Vital statistics of India. Vol. IV, Annual returns from 1871 to 1876. British Army of India, Native Army and jails of Bengal
Year: 1871
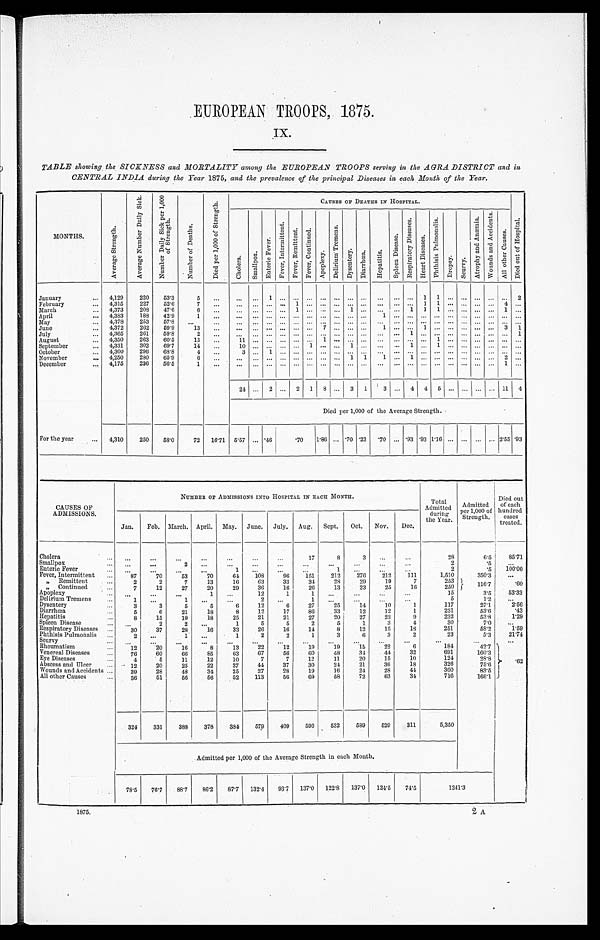
EUROPEAN TROOPS, 1875.
IX.
TABLE showing the SICKNESS and MORTALITY among the EUROPEAN TROOPS serving in the AGRA DISTRICT and in
CENTRAL INDIA during the Year 1875, and the prevalence of the principal Diseases in each Month of the Year.
MONTHS.
A v e r a g e S t r e n g t h .
A v e r a g e N u m b e r D a i l y S i c k .
N u m b e r D a i l y S i c k p e r 1 , 0 0 0
o f S t r e n g t h .
N u m b e r o f D e a t h s .
D i e d p e r 1 , 0 0 0 o f S t r e n g t h .
CAUSES OF DEATHS IN HOSPITAL.
D i e d o u t o f H o s p i t a l .
C h o l e r a . S m a l l p o x .
E n t e r i c F e v e r . F e v e r , I n t e r m i t t e n t .
F e v e r , R e m i t t e n t . F e v e r , C o n t i n u e d .
A p o p l e x y .
D e l i r i u m T r e m e n s .
D y s e n t e r y . D i a r r h œ a .
H e p a t i t i s .
S p l e e n D i s e a s e .
R e s p i r a t o r y D i s e a s e s .
H e a r t D i s e a s e s .
P h t h i s i s P u l m o n a l i s .
D r o p s y .
S c u r v y .
A t r o p h y a n d A n æ m i a .
W o u n d s a n d A c c i d e n t s .
A l l o t h e r C a u s e s .
January
4,129 220 53. 3
5
1
1 1
2
February
4,315 227 52. 6 7
1
1 1
4
March
4,373 208 47. 6
6
1
1
1 1 1
1
April
4, 383
188 42. 9
1
1
May
4,378 253 57. 8
June
4,372 262 59. 9
13
7
1
1
3 1
July
4,365 261 59. 8 2
1
1
August
4,350 263 60. 5
13
11
1
1
September
4,331 302 69. 7
14
1 0
1
1
1
1
October
4,300 296 68. 8
4
3 1
November
4,250 280 65. 9
6
1 1
1
1
2
December
4,175 236 56. 5
1
1
24
2
2 1 8
3 1 3
4 4 5
1 1
4
Died per 1,000 of the Average Strength.
For the year
4,310 250 58. 0
72 16. 71 5 . 5 7
.46
. 7 0 1 . 8 6
.70 .23
. 7 0 .93 .93 1 . 1 6
2 . 5 5 .93
CAUSES OF
ADMISSIONS.
NUMBER OF ADMISSIONS INTO HOSPITAL IN EACH MONTH.
Total
Admitted during
the Year.
Admitted
per 1,000 of
Strength.
Died out
of each
hundred cases
treated.
Jan. Feb. March. April. May. June. July. Aug. Sept. Oct. Nov. Dec.
Cholera
17
8
3
28
6.5
85. 71
Smallpox
2
2
.5
Enteric Fever
1
1
2
.5 1 0 0 . 0 0
Fever, Intermittent
87
70
53
70
64
108
9 6
151 212
276 212 111
1,510
350. 3
„ Remittent
2
2 7
13
16
63
33
34
28
29
19
7
253
1 1 6 . 7
.60
„ Continued
7
12
27
20
29
36
16
26
13
23
25
16
250
„
Apoplexy
1
12
1
1
15
3 . 5
53. 33
Delirium Tremens
1
1
2
1
5
1 . 2
Dysentery
3
3
5
5
6
12
6
27
25
14
10
1
117
27. 1
2 . 5 6
Diarrhœa
5
6
21
18
8
12
17
86
33
12
12
1 2 3 1
53. 6 . 4 3
Hepatitis
8
15
19
18
25
21
21
27
20
27
22
9
232
53. 8
1 . 2 9
Spleen Disease
2
2
1
5
5
2
5
1
3
4
30
7. 0
Respiratory Diseases
30
37
28
16
33
26
16
14
8
12
15
16
251
5 8 . 2
1 . 5 9
Phthisis Pulmonalis
2
1
1
2
2
1
3
6
3
2 2 3
5 . 3 2 1 . 7 4
Scurvy
.62
Rheumatism
12
20
16
8
13 2 2
12
19 1 9
1 5
2 2
6
1 8 4
4 2 . 7
Venereal Diseases
76
60
66
85
63
67
56
60
48
34
44 3 2
6 9 1
1 6 0 . 3
E y e D i s e a s e s
4
5
11
12
10
7
7
12
11
20
15
10
124
28. 8
Abscess and Ulcer
12
20
25
22
37 4 4
3 7
3 0
2 4
2 1
3 6
1 8
3 2 6
7 5 . 6
Wounds and Accidents
39
28
48
34
25
27
28
19
16
24
28 4 4
3 6 0 8 3 . 5
All other Causes
36
51
56
56
52 113
56
69
58
72
63
34
7 1 6
166. 1
324 331 388 378 3 8 4
579
409 596 532 589 529 311
5,350
Admitted per 1,000 of the Average Strength in each Month.
78. 5
76.7 88. 7
8 6 . 2
87. 7 132. 4
93. 7 137. 0 122. 8 137. 0 124. 5
74. 5
1 2 4 1 . 3
1875.
2 A